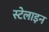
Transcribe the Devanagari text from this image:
स्टेलाइन